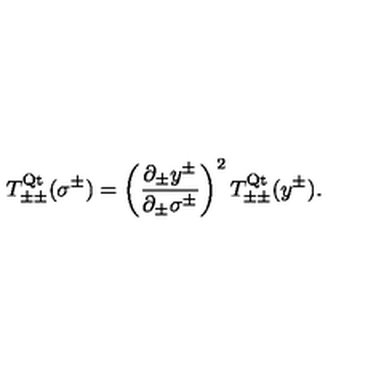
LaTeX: T _ { \pm \pm } ^ { \mathrm { Q t } } ( \sigma ^ { \pm } ) = \left( \frac { \partial _ { \pm } y ^ { \pm } } { \partial _ { \pm } \sigma ^ { \pm } } \right) ^ { 2 } T _ { \pm \pm } ^ { \mathrm { Q t } } ( y ^ { \pm } ) .